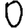
Digit: 0